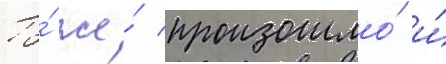
То́ же́ произошло́ и́